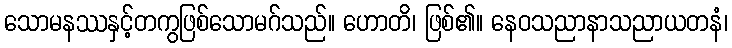
သောမနဿနှင့်တကွဖြစ်သောမဂ်သည်။ ဟောတိ၊ ဖြစ်၏။ နေဝသညာနာသညာယတနံ၊